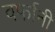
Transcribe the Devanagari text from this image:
वर्फानी